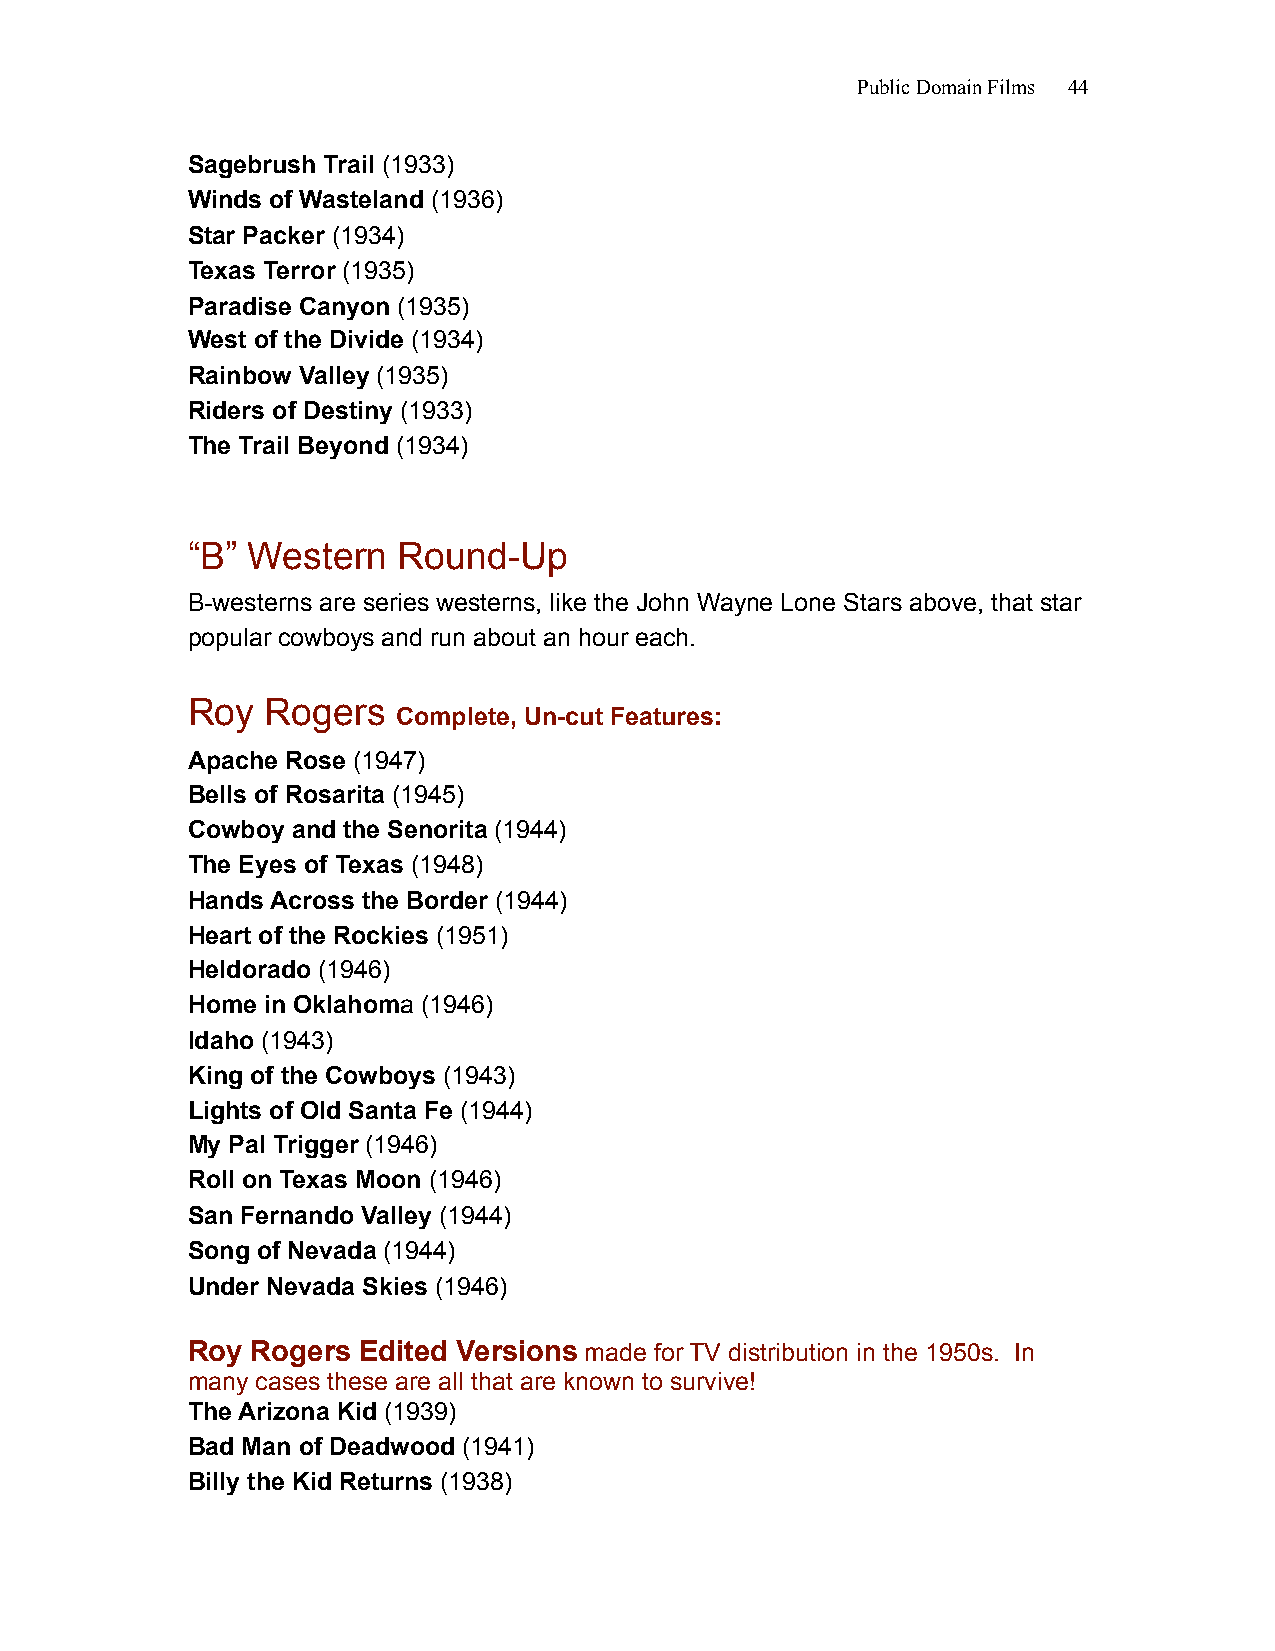
Public Domain Films 44
 Sagebrush Trail (1933)
 Winds of Wasteland (1936)
 Star Packer (1934)
 Texas Terror (1935)
 Paradise Canyon (1935)
 West of the Divide (1934)
 Rainbow Valley (1935)
 Riders of Destiny (1933)
 The Trail Beyond (1934)
 “B” Western   Round-Up
 B-westerns are series westerns, like the John Wayne Lone Stars above, that star
 popular cowboys and run about an hour each.
 Roy   Rogers
 Complete, Un-cut Features:
 Apache Rose (1947)
 Bells of Rosarita (1945)
 Cowboy and the Senorita (1944)
 The Eyes of Texas (1948)
 Hands Across the Border (1944)
 Heart of the Rockies (1951)
 Heldorado (1946)
 Home in Oklahoma (1946)
 Idaho (1943)
 King of the Cowboys (1943)
 Lights of Old Santa Fe (1944)
 My Pal Trigger (1946)
 Roll on Texas Moon (1946)
 San Fernando Valley (1944)
 Song of Nevada (1944)
 Under Nevada Skies (1946)
 Roy  Rogers Edited Versions made for TV distribution in the 1950s. In
 many cases these are all that are known to survive!
 The Arizona Kid (1939)
 Bad Man of Deadwood (1941)
 Billy the Kid Returns (1938)